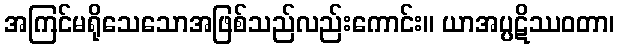
အကြင်မရိုသေသောအဖြစ်သည်လည်းကောင်း။ ယာအပ္ပဋိဿဝတာ၊